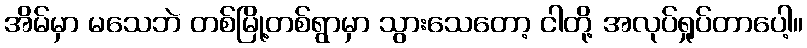
အိမ်မှာ မသေဘဲ တစ်မြို့တစ်ရွာမှာ သွားသေတော့ ငါတို့ အလုပ်ရှုပ်တာပေါ့။